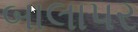
બાલાપર